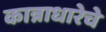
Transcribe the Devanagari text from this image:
कान्नाधारेचे